Annual report of the Civil Veterinary Department, Bengal, for the year 1897-98 - 1897-1898
Year: 1897
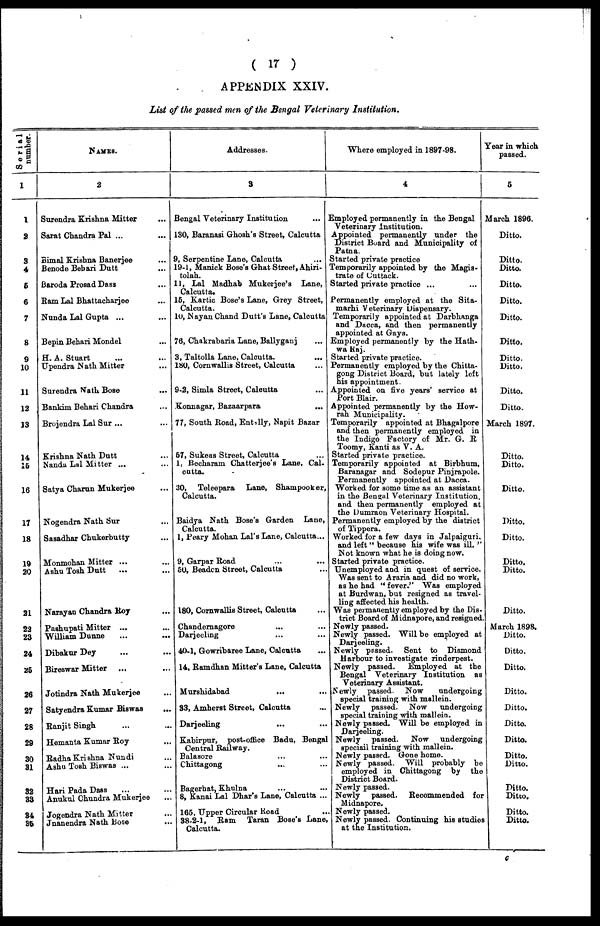
( 17 )
APPENDIX XXIV.
List of the passed men of the Bengal Veterinary Institution.
Serial
number.
1
1
2
3
4
5
6
7
8
9
10
11
12
13
14
15
16
17
18
19
20
21
22
23
24
25
26
27
28
2d
30
31
32
33
34
35
NAMES.
2
Surendra Krishna Mitter ...
Sarat Chandra Pal ... ...
Bimal Krishna Banerjee ...
Benode Behari Dutt ...
Baroda Prosad Dass ...
Ram Lal Bhattacharjee ...
Nunda Lal Gupta ... ...
Bepin Behari Mondel ...
H. A. Stuart ... ...
Upendra Nath Mitter ...
Surendra Nath Bose ...
Bankim Behari Chandra ...
Brojendra Lal Sur ... ...
Krishna Nath Dutt ...
Nanda Lal Mitter ... ...
Satya Charun Mukerjee ...
Nogendra Nath Sur ...
Sasadhar Chukerbutty ...
Monmohan Mitter ... ...
Ashu Tosh Dutt
... ...
Narayan Chandra Roy ...
Pashupati Mitter ... ...
William Dunne ... ...
Dibakur Dey ... ...
Bireswar Mitter ... ...
Jotindra Nath Mukerjee ...
Satyendra Kumar Biswas
...
Ranjit Singh ... ...
Hemanta Kumar Roy ...
Radha Krishna Nundi ...
Ashu Tosh Biswas ... ...
Hari Pada Dass ... ...
Anukul Chundra Mukerjee ...
Jogendra Nath Mitter ...
Jnanendra Nath Bose ...
Addresses.
3
Bengal Veterinary Institution ...
130, Baranasi Ghosh's Street, Calcutta
9, Serpentine Lane, Calcutta
19-1, Manick Bose's Ghat Street, Ahiri-
tolah.
11, Lal Madhab Mukerjee's Lane,
Calcutta.
15, Kartic Bose's Lane, Grey Street,
Calcutta.
10, Nayan Chand Dutt's Lane, Calcutta
76, Chakrabaria Lane, Ballyganj ...
3, Taltolla Lane, Calcutta. ...
180, Cornwallis Street, Calcutta ...
9-2, Simla Street, Calcutta ...
Konnagar, Bazaarpara
...
77, South Road, Entally, Napit Bazar
57, Sukeas Street, Calcutta ...
1, Becharam Chatterjee's Lane, Cal-
cutta.
30, Teleepara Lane, Shampooker,
Calcutta.
Baidya Nath Bose's Garden Lane,
Calcutta.
1, Peary Mohan Lal's Lane, Calcutta...
9, Garpar Road ... ...
50, Beaden Street, Calcutta ...
180, Cornwallis Street, Calcutta ...
Chandernagore ... ...
Darjeeling ... ...
40-1, Gowribaree Lane, Calcutta ...
14, Ramdhan Mitter's Lane, Calcutta
Murshidabad
... ...
33, Amherst Street, Calcutta ...
Darjeeling ... ...
Kabirpur, post-office Badu, Bengal
Central Railway.
Balasore ... ...
Chittagong ... ...
Bagerhat, Khulna ... ...
8, Kanai Lal Dhar's Lane, Calcutta ...
165, Upper Circular Road ..
38-2-1, Ram Taran Bose's Lane,
Calcutta.
Where employed in 1897-98.
4
Employed permanently in the Bengal
Veterinary Institution.
Appointed permanently under the
District Board and Municipality of
Patna.
Started private practice
Temporarily appointed by the Magis-
trate of Cuttack.
Started private practice ... ...
Permanently employed at the Sita-
marhi Veterinary Dispensary.
Temporarily appointed at Darbhanga
and Dacca, and then permanently
appointed at Gaya.
Employed permanently by the Hath-
wa Raj.
Started private practice.
Permanently employed by the Chitta-
gong District Board, but lately left
his appointment.
Appointed on five years' service at
Port Blair.
Appointed permanently by the How-
rah Municipality.
Temporarily appointed at Bhagalpore
and then permanently employed in
the Indigo Factory of Mr. G. R
Toomy, Kanti as V. A.
Started private practice.
Temporarily appointed at Birbhum,
Baranagar and Sodepur Pinjrapole.
Permanently appointed at Dacca.
Worked for some time as an assistant
in the Bengal Veterinary Institution,
and then permanently employed at
the Dumraon Veterinary Hospital.
Permanently employed by the district
of Tippera.
Worked for a few days in Jalpaiguri,
and left "because his wife was ill.''
Not known what he is doing now.
Started private practice.
Unemployed and in quest of service.
Was sent to Araria and did no work,
as he had "fever.'' Was employed.
at Burdwan, but resigned as travel-
ling affected his health.
Was permanently employed by the Dis-
trict Board of Midnapore, and resigned.
Newly passed.
Newly passed. Will be employed at
Darjeeling.
Newly passed. Sent to Diamond
Harbour to investigate rinderpest.
Newly passed.
Employed at the
Bengal Veterinary Institution as
Veterinary Assistant.
Newly passed. Now
undergoing
special training with mallein.
Newly passed. Now undergoing
special training with mallein.
Newly passed. Will be employed in
Darjeeling.
Newly passed. Now undergoing
speciail training with mallein.
Newly passed. Gone home.
Newly passed, Will probably be
employed in Chittagong by the
District Board.
Newly passed.
Newly passed. Recommended for
Midnapore.
Newly passed.
Newly passed. Continuing his studies
at the Institution.
Year in which
passed.
5
March 1896.
Ditto.
Ditto.
Ditto.
Ditto.
Ditto.
Ditto.
Ditto.
Ditto.
Ditto.
Ditto.
Ditto.
March 1897.
Ditto.
Ditto.
Ditto.
Ditto.
Ditto.
Ditto.
Ditto.
Ditto.
March 1898.
Ditto.
Ditto.
Ditto.
Ditto.
Ditto.
Ditto.
Ditto.
Ditto.
Ditto.
Ditto.
Ditto.
Ditto.
Ditto.